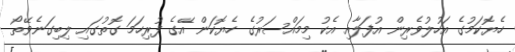
ހެޔޮކަމުގެ އަހުލުވެރިން އުފަލާއި އެކު މިމައްސަރުގެ ހެޔޮކަން އޭގެ ފުރިހަމަ ގޮތުގައި ލިބިގަނެވޭތޯ